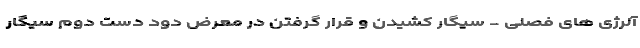
آلرژی های فصلی - سیگار کشیدن و قرار گرفتن در معرض دود دست دوم سیگار